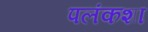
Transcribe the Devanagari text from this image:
पलंकशा